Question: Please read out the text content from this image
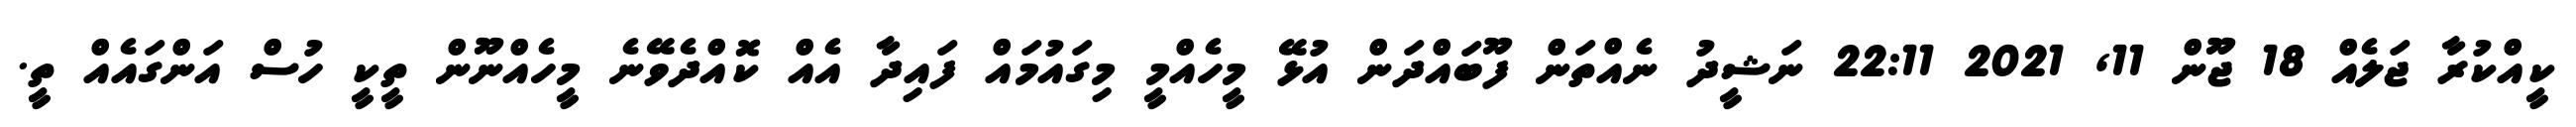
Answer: ކީއްކުރާ ޖަލެއް 18 ޖޫން 11, 2021 22:11 ނަޝީދު ނެއްތަން ފޫބައްދަން އުޅޭ މީހެއްމީ މިގައުމައް ފައިދާ އެއް ކޮއްދެވޭނެ މީހެއްނޫން ތީކީ ހުސް އަންގައެއް ތީ.